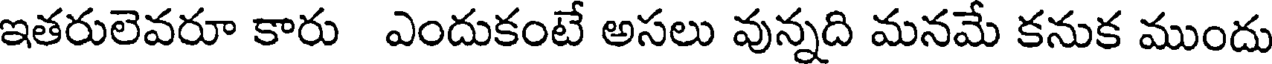
ఇతరులెవరూ కారు ఎందుకంటే అసలు వున్నది మనమే కనుక ముందు